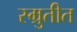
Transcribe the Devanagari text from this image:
स्म्रुतीत